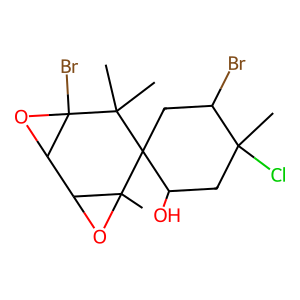
SMILES: CC1(Cl)CC(O)C2(CC1Br)C1(C)OC1C1OC1(Br)C2(C)C
Inhibits HIV replication: No